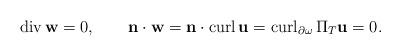
LaTeX: \begin{align*}\operatorname{div}{\mathbf{w}}=0,\qquad{\mathbf{n}}\cdot{\mathbf{w}}={\mathbf{n}}\cdot\operatorname{curl}{\mathbf{u}}=\operatorname{curl}_{\partial\omega}\Pi_{T}{\mathbf{u}}=0.\end{align*}